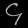
Digit: ၄